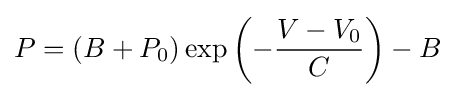
P=(B+P_{0})\exp \left(-{\frac {V-V_{0}}{C}}\right)-B